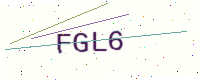
Text: FGL6